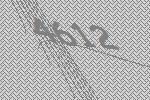
4612